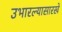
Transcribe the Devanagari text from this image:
उभारल्यासारखे